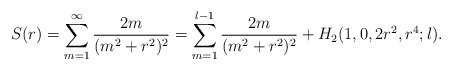
\begin{align*}S(r)=\sum_{m=1}^{\infty}\frac{2m}{(m^2+r^2)^2}=\sum_{m=1}^{l-1}\frac{2m}{(m^2+r^2)^2}+H_2(1,0,2r^2,r^4;l).\end{align*}